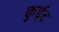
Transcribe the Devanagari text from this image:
कुईट